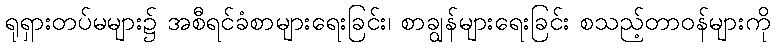
ရုရှားတပ်မများ၌ အစီရင်ခံစာများရေးခြင်း၊ စာချွန်များရေးခြင်း စသည့်တာဝန်များကို